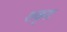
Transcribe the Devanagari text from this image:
शकृत